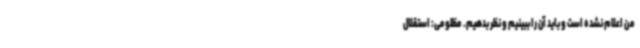
من اعلام نشده است و باید آن را ببینیم و نظر بدهیم. مظلومی:‌ استقلال